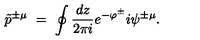
\tilde { p } ^ { \pm \mu } \ = \ \oint \frac { d z } { 2 \pi i } e ^ { - \varphi ^ { \pm } } i \psi ^ { \pm \mu } .